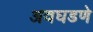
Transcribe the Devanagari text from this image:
अवघडणे